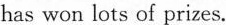
has won lots of prizes.